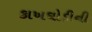
કાખઘોડીની